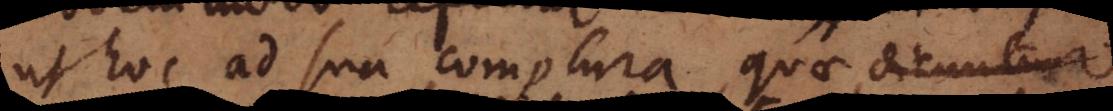
ut hoc ad sua complura, quae